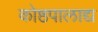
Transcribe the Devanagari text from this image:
कोष्ठपालाद्य